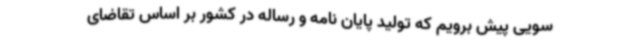
سویی پیش برویم که تولید پایان نامه و رساله در کشور بر اساس تقاضای